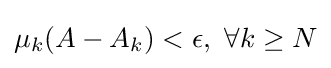
\mu _{k}(A-A_{k})<\epsilon ,~\forall k\geq N